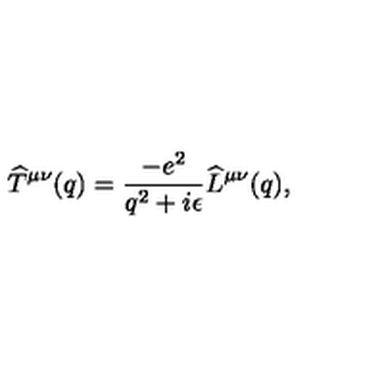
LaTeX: \widehat T ^ { \mu \nu } ( q ) = { \frac { - e ^ { 2 } } { q ^ { 2 } + i \epsilon } } \widehat L ^ { \mu \nu } ( q ) ,